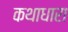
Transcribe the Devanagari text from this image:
कथाधारा